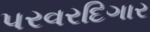
પરવરદિગાર